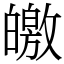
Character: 皦